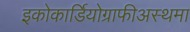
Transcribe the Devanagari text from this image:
इकोकार्डियोग्राफीअस्थमा